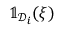
\mathbb { 1 } _ { \mathcal { D } _ { i } } ( { \boldsymbol { \xi } } )